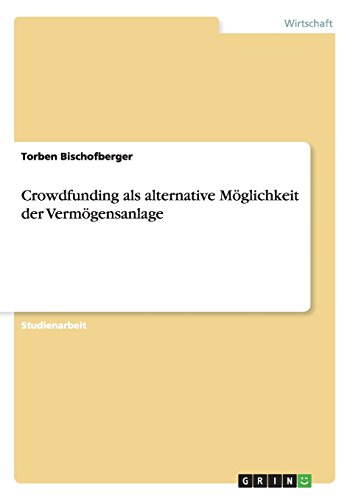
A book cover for Crowdfunding als alternative MÃ¶glichkeit der VermÃ¶gensanlage (German Edition); Torben Bischofberger; Business & Money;